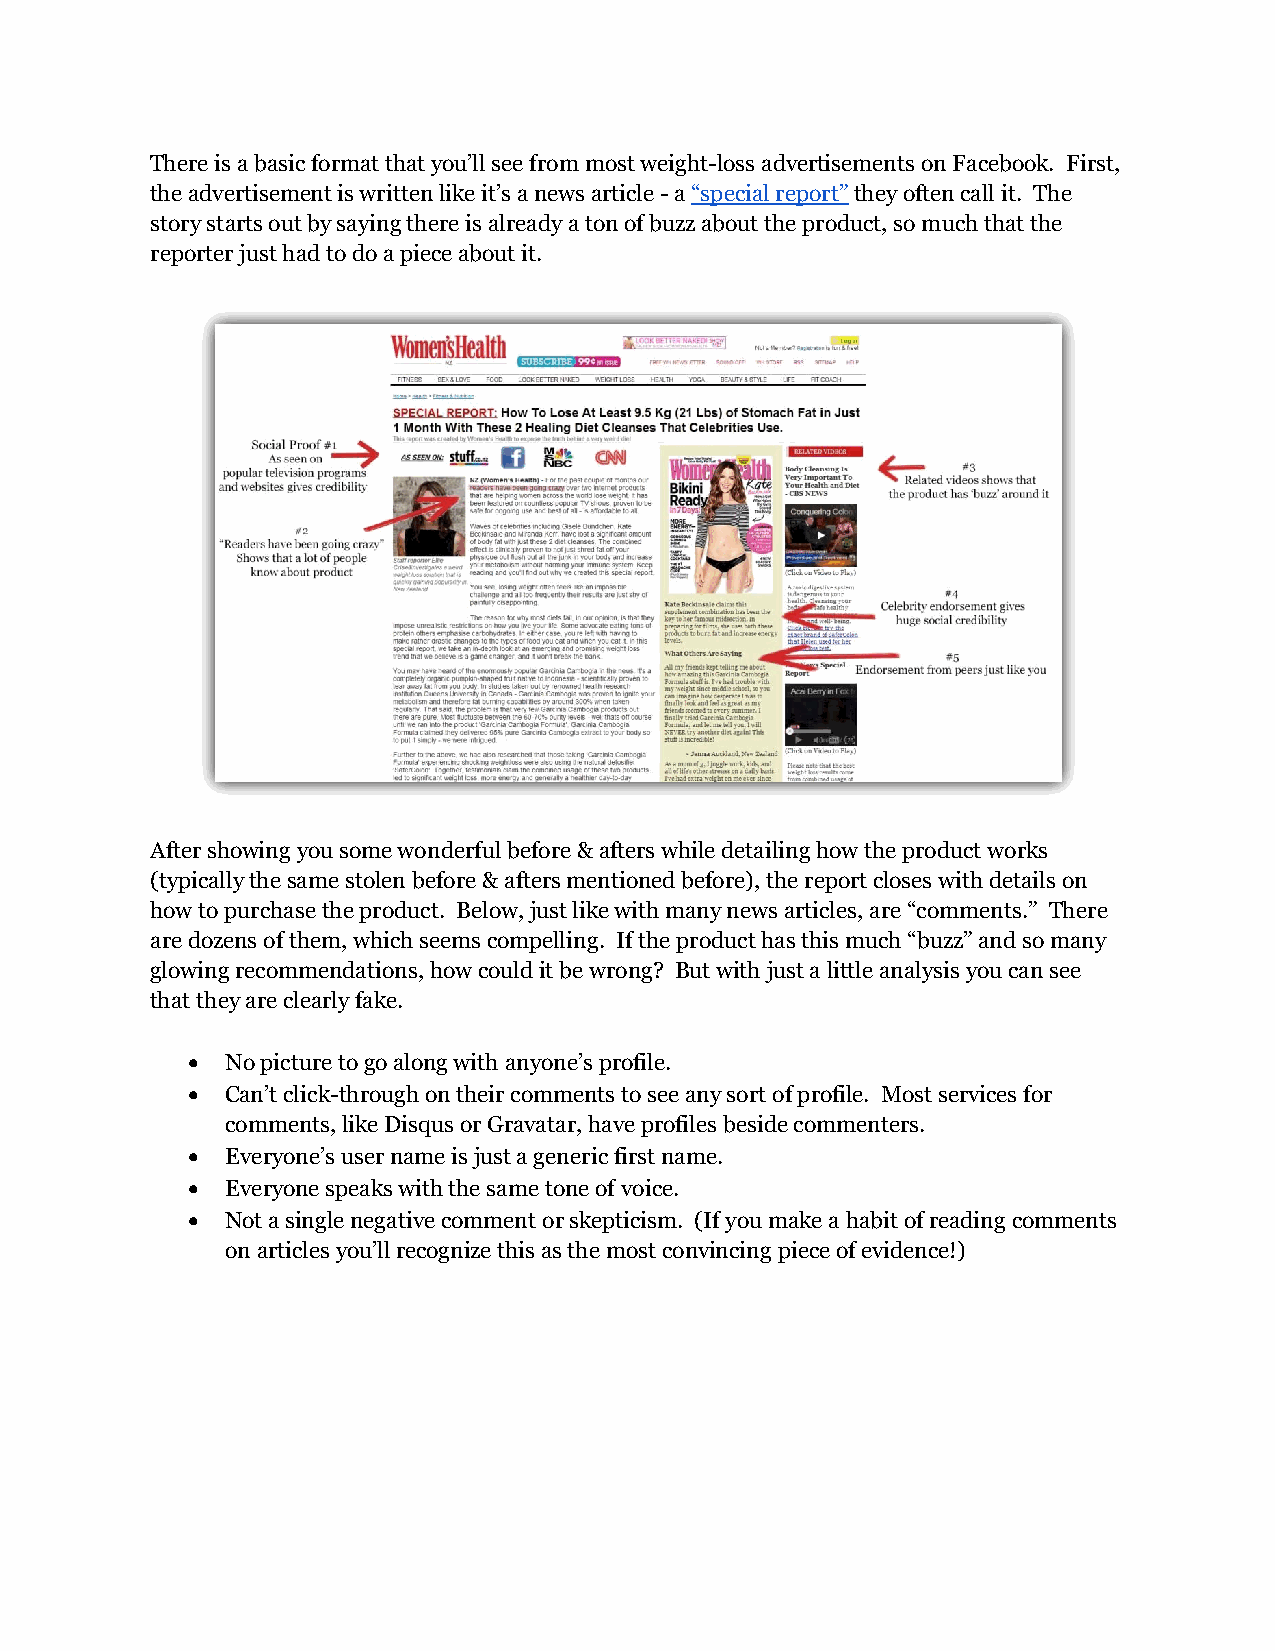
There is a basic format that you’ll see from most weight-loss advertisements on Facebook. First,
 the advertisement is written like it’s a news article - a “special report” they often call it. The
 story starts out by saying there is already a ton of buzz about the product, so much that the
 reporter just had to do a piece about it.
 After showing you some wonderful before & afters while detailing how the product works
 (typically the same stolen before & afters mentioned before), the report closes with details on
 how to purchase the product. Below, just like with many news articles, are “comments.” There
 are dozens of them, which seems compelling. If the product has this much “buzz” and so many
 glowing recommendations, how could it be wrong? But with just a little analysis you can see
 that they are clearly fake.
   No picture to go along with anyone’s profile.
   Can’t click-through on their comments to see any sort of profile. Most services for
 comments, like Disqus or Gravatar, have profiles beside commenters.
   Everyone’s user name is just a generic first name.
   Everyone speaks with the same tone of voice.
   Not a single negative comment or skepticism. (If you make a habit of reading comments
 on articles you’ll recognize this as the most convincing piece of evidence!)